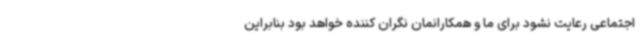
اجتماعی رعایت نشود برای ما و همکارانمان نگران کننده خواهد بود بنابراین